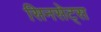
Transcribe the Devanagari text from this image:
सिनसेट्स